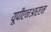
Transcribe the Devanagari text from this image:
यूपीएनआरएम